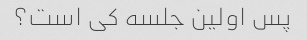
پس اولین جلسه کی است؟